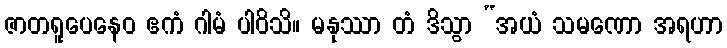
ဇာတရူပေနေဝ ဧကံ ဂါမံ ပါဝိသိ။ မနုဿာ တံ ဒိသွာ “အယံ သမဏော အရဟာ